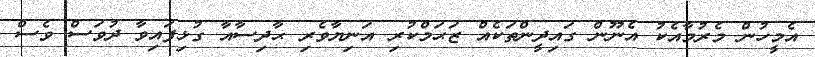
އެމީހުން މެރުމާއެކު އެނޫން ގައިދީންތަކެއް ޒަޙަމްކުރި އަނިޔާވެރި ޙާދިސާއާ ގުޅިފައިވާ ދުވަސް ވެސް